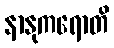
နာနုကရောတိ